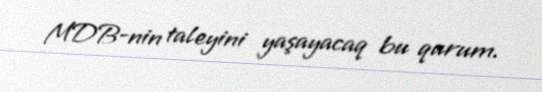
MDB-nin taleyini yaşayacaq bu qurum.